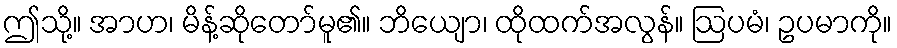
ဤသို့။ အာဟ၊ မိန့်ဆိုတော်မူ၏။ ဘိယျော၊ ထိုထက်အလွန်။ ဩပမံ၊ ဥပမာကို။